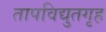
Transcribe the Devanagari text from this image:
तापविद्युतगृह